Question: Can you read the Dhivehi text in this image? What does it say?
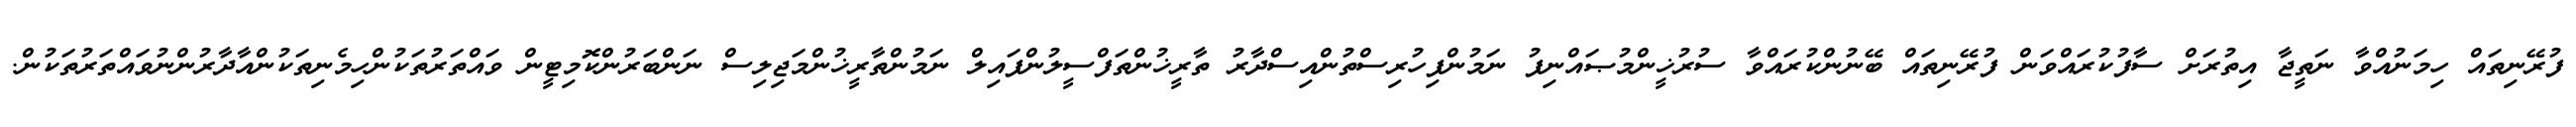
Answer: ފުރޭނިތައް ހިމަނުއްވާ ނަތީޖާ އިތުރަށް ސާފުކުރައްވަން ފުރޭނިތައް ބޭނުންކުރައްވާ ސުރުޚީންމުޞައްނިފު ނަމުންފިހުރިސްތުންއިސްދާރު ތާރީޚުންތަފްސީލުންފައިލް ނަމުންތާރީޚުންމަޖިލިސް ނަންބަރުންކޮމިޓީން ވައްތަރުތަކުންހިމެނިތަކުންއާދާރުންނުވައްތަރުތަކުން.